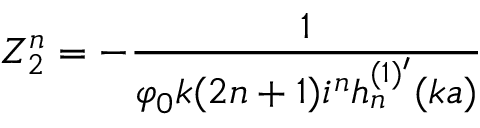
Z _ { 2 } ^ { n } = - \frac { 1 } { \varphi _ { 0 } k ( 2 n + 1 ) i ^ { n } h _ { n } ^ { ( 1 ) ^ { \prime } } ( k a ) }